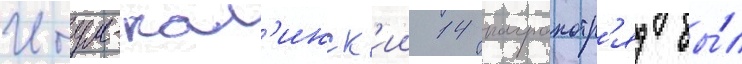
Итум-кал'инск'ии 14 погранотр'яд бы́л